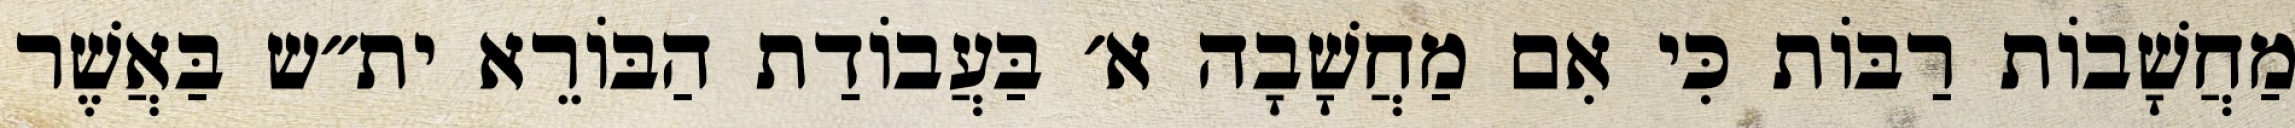
מַחֲשָׁבוֹת רַבּוֹת כִּי אִם מַחֲשָׁבָה א׳ בַּעֲבוֹדַת הַבּוֹרֵא ית״ש בַּאֲשֶׁר